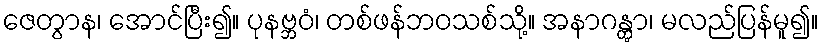
ဇေတွာန၊ အောင်ပြီး၍။ ပုနဗ္ဘဝံ၊ တစ်ဖန်ဘဝသစ်သို့။ အနာဂန္တွာ၊ မလည်ပြန်မူ၍။